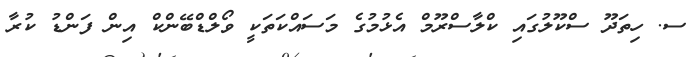
ސ. ހިތަދޫ ސްކޫލުގައި ކްލާސްރޫމް އެޅުމުގެ މަސައްކަތަކީ ވޯލްޑްބޭންކް އިން ފަންޑު ކުރާ